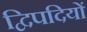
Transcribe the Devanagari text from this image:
द्विपदियों